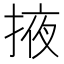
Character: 掖